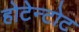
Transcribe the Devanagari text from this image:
होटेन्टोट